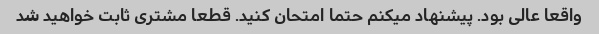
واقعا عالی بود. پیشنهاد میکنم حتما امتحان کنید. قطعا مشتری ثابت خواهید شد